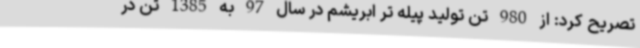
تصریح کرد: از 980 تن تولید پیله تر ابریشم در سال 97 به 1385 تن در